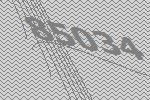
85034